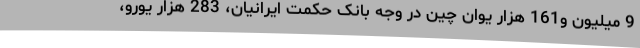
9 میلیون و161 هزار یوان چین در وجه بانک حکمت ایرانیان، 283 هزار یورو،